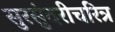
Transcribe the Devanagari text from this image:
सुरसुंदरीचरित्र